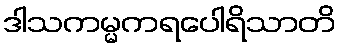
ဒါသကမ္မကရပေါရိသာတိ